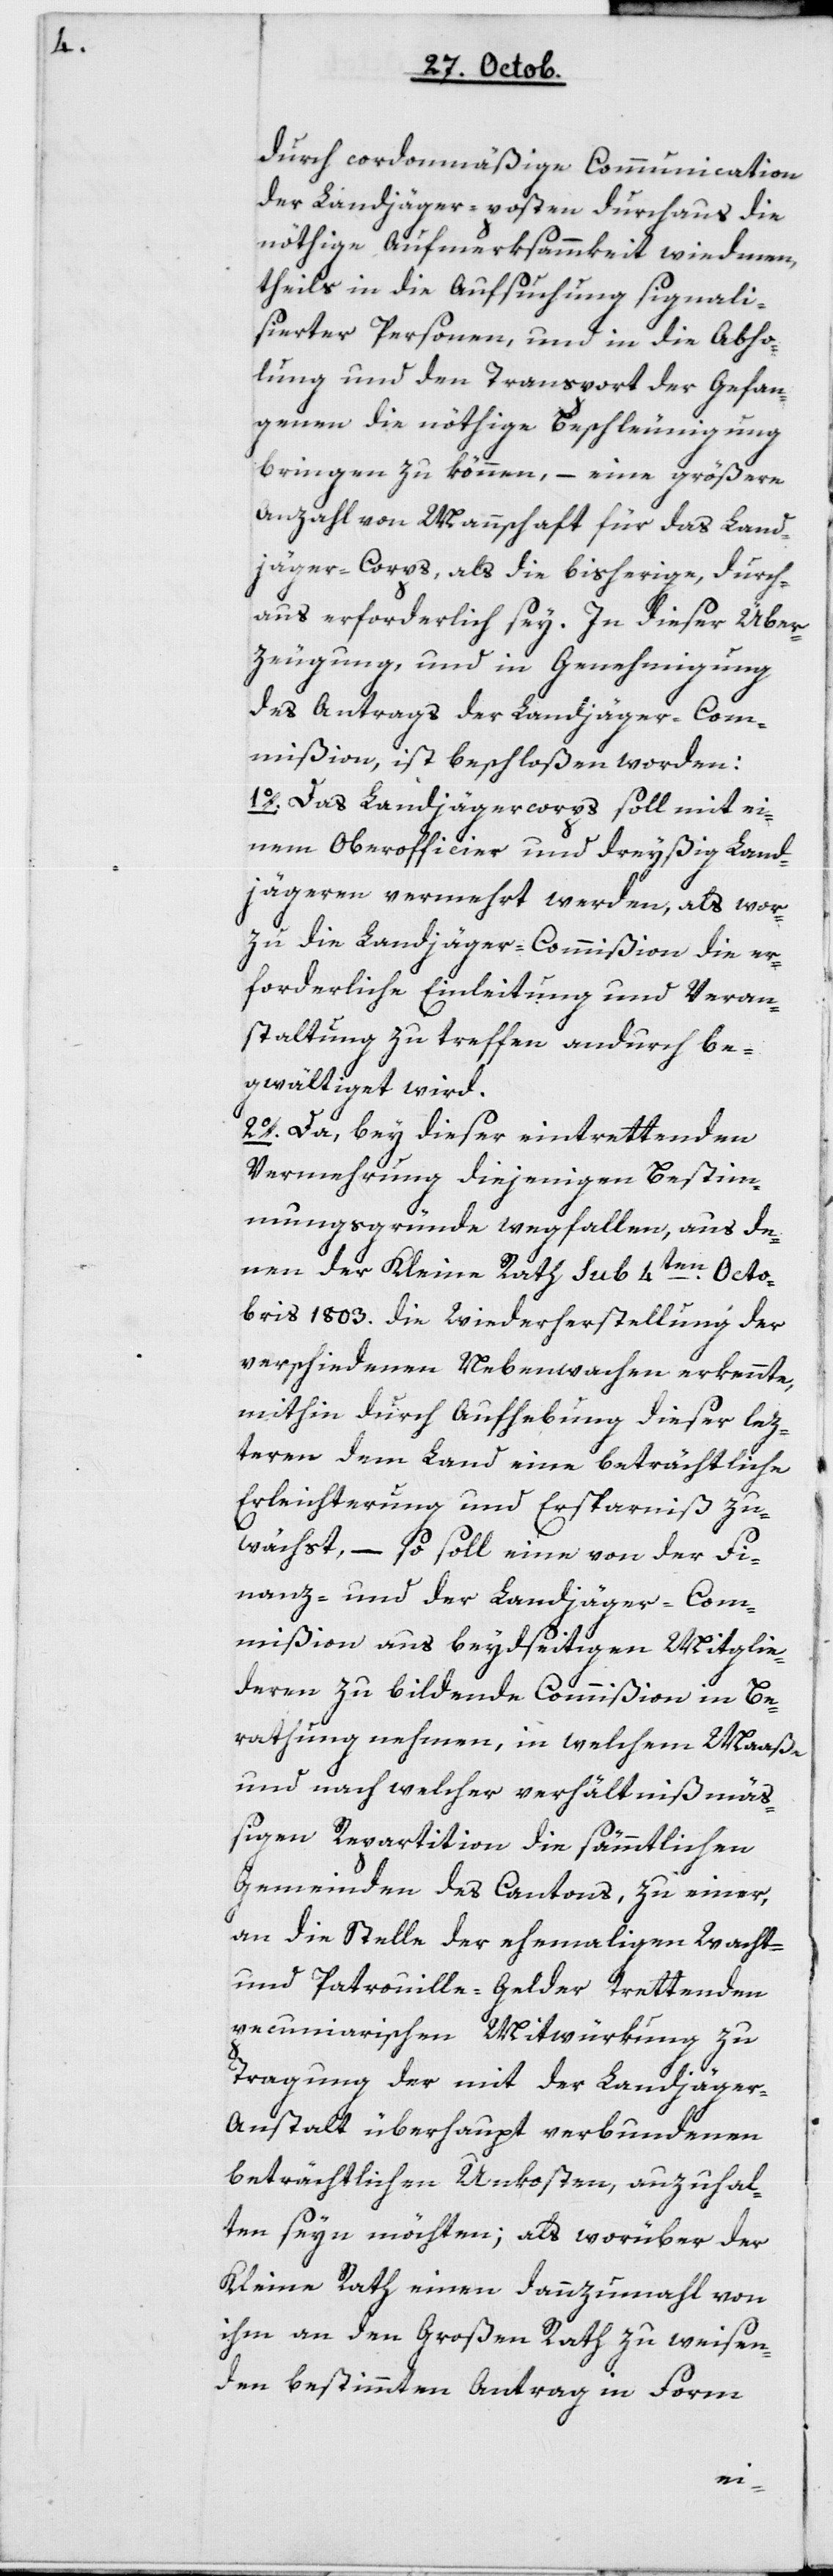
durch cordonmäßige Communication
der Landjäger-posten durchaus die
nöthige Aufmerksammkeit widmen,
theils in die Aufsuchung signali¬
sierter Personen, und in die Abho¬
lung und den Transport der Gefan¬
genen die nöthige Beschleunigung
bringen zu können, – eine größere
Anzahl von Mannschaft für das Land¬
jäger-Corps, als die bisherige, durch¬
aus erforderlich sey. In dieser Über¬
zeugung und in Genehmigung
des Antrags der Landjäger-Com¬
mißion ist beschloßen worden:
1. Das Landjägercorps soll mit ei¬
nem Oberofficier und dreyßig Land¬
jägeren vermehrt werden, als wor¬
zu die Landjäger-Commißion die er¬
forderliche Einleitung und Veran¬
staltung zu treffen andurch be¬
gwältiget wird.
2. Da bey dieser eintretenden
Vermehrung diejenigen Bestim¬
mungsgründe wegfallen, aus de¬
nen der Kleine Rath sub 4ten Octo¬
bris 1803 die Wiederherstellung der
verschiedenen Nebenwachen erkennte,
mithin durch Aufhebung dieser lez¬
teren dem Land eine beträchtliche
Erleichterung und Ersparniß zu¬
wächst, – so soll eine von der Fi¬
nanz- und der Landjäger-Com¬
mißion aus beydseitigen Mitglie¬
deren zu bildende Commißion in Be¬
rathung nehmen, in welchem Maße
und nach welcher verhältnismä¬
ßigen Repartition die sämmtlichen
Gemeinden des Cantons, zu einer,
an die Stelle der ehemahligen Wacht-
und Patrouille-Gelder trettenden
pecuniarischen Mitwürkung zu
Tragung der mit der Landjäge¬
r-Anstalt überhaupt verbundenen
beträchtlichen Unkosten, anzuhal¬
ten seyn möchten, als worüber der
Kleine Rath einen dannzumahl von
ihm an den Großen Rath zu weisen¬
den bestimmten Antrag in Form